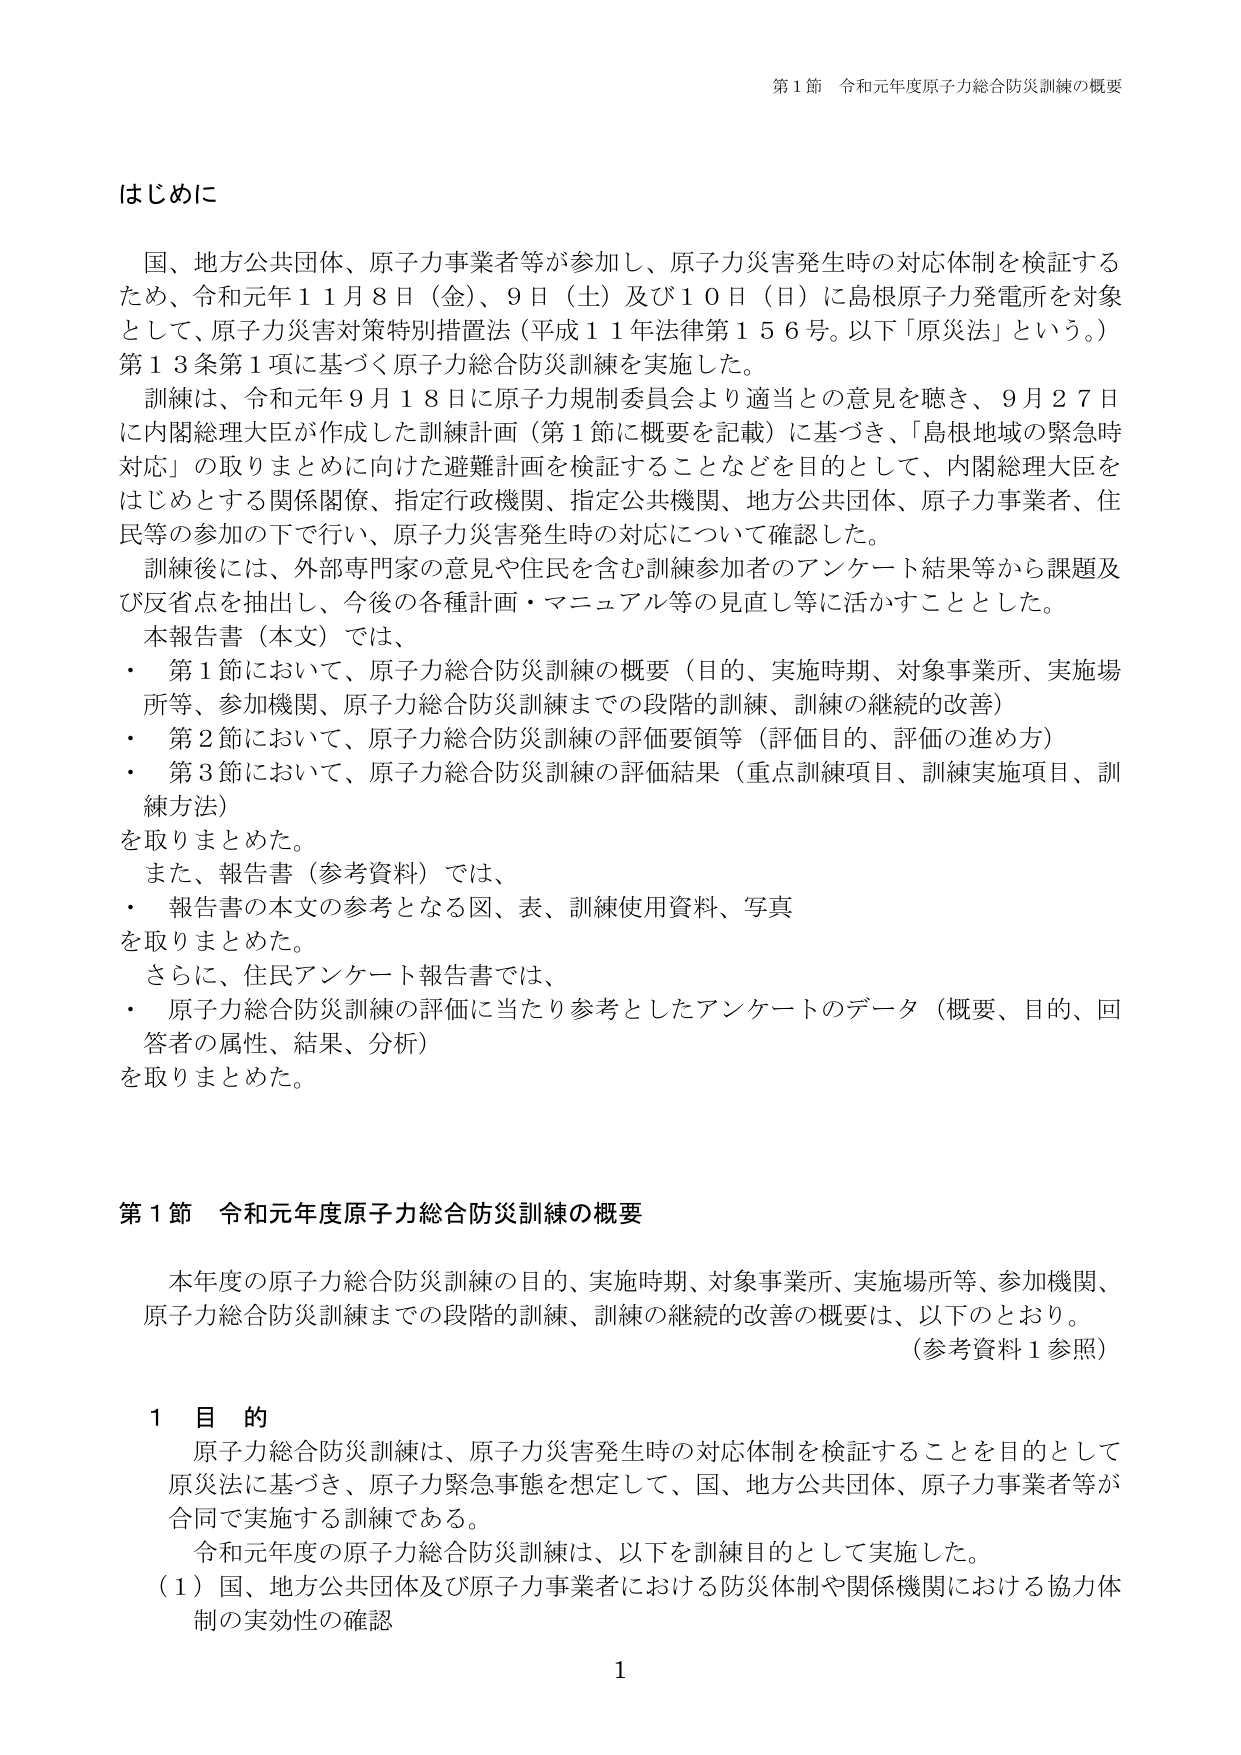
第１節 令和元年度原子力総合防災訓練の概要

はじめに

国、地方公共団体、原子力事業者等が参加し、原子力災害発生時の対応体制を検証するため、令和元年１１月８日（金）、９日（土）及び１０日（日）に島根原子力発電所を対象として、原子力災害対策特別措置法（平成１１年法律第１５６号。以下「原災法」という。）第１３条第１項に基づく原子力総合防災訓練を実施した。

訓練は、令和元年９月１８日に原子力規制委員会より適当との意見を聴き、９月２７日に内閣総理大臣が作成した訓練計画（第１節に概要を記載）に基づき、「島根地域の緊急時対応」の取りまとめに向けた避難計画を検証することなどを目的として、内閣総理大臣をはじめとする関係閣僚、指定行政機関、指定公共機関、地方公共団体、原子力事業者、住民等の参加の下で行い、原子力災害発生時の対応について確認した。

訓練後には、外部専門家の意見や住民を含む訓練参加者のアンケート結果等から課題及び反省点を抽出し、今後の各種計画・マニュアル等の見直し等に活かすこととした。

本報告書（本文）では、
・ 第１節において、原子力総合防災訓練の概要（目的、実施時期、対象事業所、実施場所等、参加機関、原子力総合防災訓練までの段階的訓練、訓練の継続的改善）
・ 第２節において、原子力総合防災訓練の評価要領等（評価目的、評価の進め方）
・ 第３節において、原子力総合防災訓練の評価結果（重点訓練項目、訓練実施項目、訓練方法）
を取りまとめた。

また、報告書（参考資料）では、
・ 報告書の本文の参考となる図、表、訓練使用資料、写真
を取りまとめた。

さらに、住民アンケート報告書では、
・ 原子力総合防災訓練の評価に当たり参考としたアンケートのデータ（概要、目的、回答者の属性、結果、分析）
を取りまとめた。

第１節 令和元年度原子力総合防災訓練の概要

本年度の原子力総合防災訓練の目的、実施時期、対象事業所、実施場所等、参加機関、原子力総合防災訓練までの段階的訓練、訓練の継続的改善の概要は、以下のとおり。
（参考資料１参照）

１ 目 的

原子力総合防災訓練は、原子力災害発生時の対応体制を検証することを目的として原災法に基づき、原子力緊急事態を想定して、国、地方公共団体、原子力事業者等が合同で実施する訓練である。

令和元年度の原子力総合防災訓練は、以下を訓練目的として実施した。
（１）国、地方公共団体及び原子力事業者における防災体制や関係機関における協力体制の実効性の確認

1